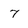
Character: 7